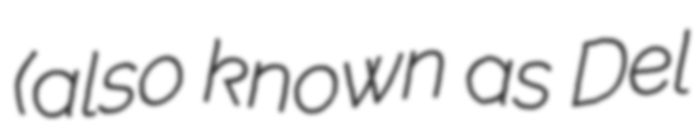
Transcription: (also known as Del